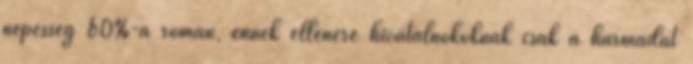
népesség 60%-a román, ennek ellenére hivatalnokoknak csak a harmadát